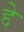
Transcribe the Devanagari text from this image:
द्दे